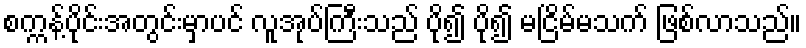
စက္ကန့်ပိုင်းအတွင်းမှာပင် လူအုပ်ကြီးသည် ပို၍ ပို၍ မငြိမ်မသက် ဖြစ်လာသည်။